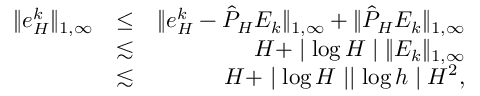
\begin{array} { r l r } { \| e _ { H } ^ { k } \| _ { 1 , \infty } } & { \leq } & { \| e _ { H } ^ { k } - \hat { P } _ { H } E _ { k } \| _ { 1 , \infty } + \| \hat { P } _ { H } E _ { k } \| _ { 1 , \infty } } \\ & { \lesssim } & { H + \mid \log H \mid \| E _ { k } \| _ { 1 , \infty } } \\ & { \lesssim } & { H + \mid \log H \mid \mid \log h \mid H ^ { 2 } , } \end{array}